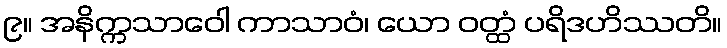
၉။ အနိက္ကသာဝေါ ကာသာဝံ၊ ယော ဝတ္ထံ ပရိဒဟိဿတိ။